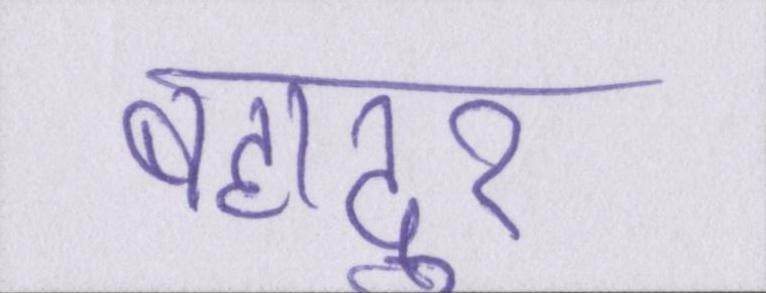
बहादुर